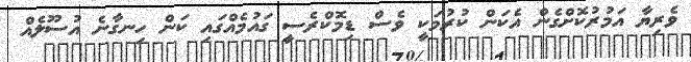
ވެރިޔާ އަމުރުކޮށްގެން އެކަން ކުރުމަކީ ވެސް ޑިމޮކްރެސީ ގައުމެއްގައި ކަން ހިނގާނެ އުސޫލެއް